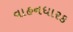
વાહનધારક